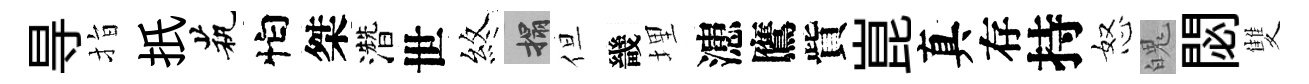
㝵指扺茕怕桀濳世煞搨但畿埋漶鷹貲崑真存持怒魄閟雙